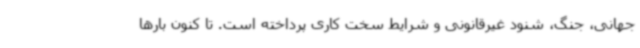
جهانی، جنگ، شنود غیرقانونی و شرایط سخت کاری پرداخته است. تا کنون بارها